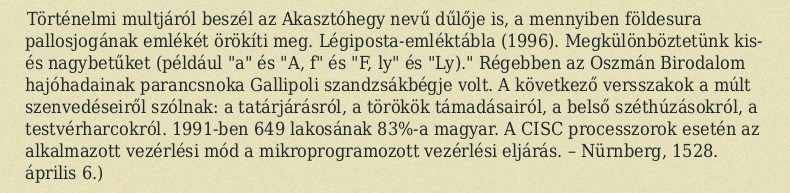
Történelmi multjáról beszél az Akasztóhegy nevű dűlője is, a mennyiben földesura pallosjogának emlékét örökíti meg. Légiposta-emléktábla (1996). Megkülönböztetünk kis- és nagybetűket (például "a" és "A, f" és "F, ly" és "Ly)." Régebben az Oszmán Birodalom hajóhadainak parancsnoka Gallipoli szandzsákbégje volt. A következő versszakok a múlt szenvedéseiről szólnak: a tatárjárásról, a törökök támadásairól, a belső széthúzásokról, a testvérharcokról. 1991-ben 649 lakosának 83%-a magyar. A CISC processzorok esetén az alkalmazott vezérlési mód a mikroprogramozott vezérlési eljárás. – Nürnberg, 1528. április 6.)